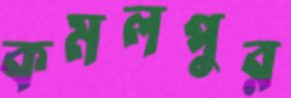
কমলপুর